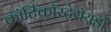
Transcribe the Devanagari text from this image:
कॉर्टिकॉस्टेरॉयडों